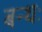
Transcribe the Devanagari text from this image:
बन्धः